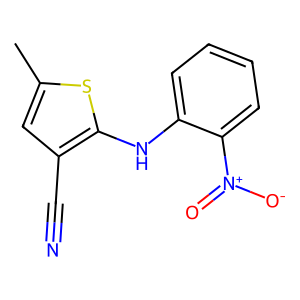
SMILES: Cc1cc(C#N)c(Nc2ccccc2[N+](=O)[O-])s1
Inhibits HIV replication: No